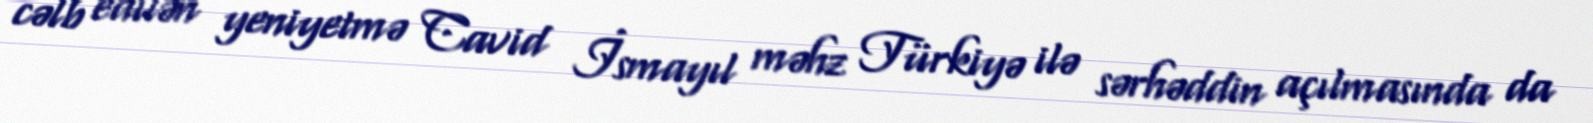
cəlb edilən yeniyetmə Cavid İsmayıl məhz Türkiyə ilə sərhəddin açılmasında da